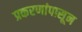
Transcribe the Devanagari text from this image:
प्रकरणांपासून